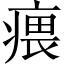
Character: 㾯